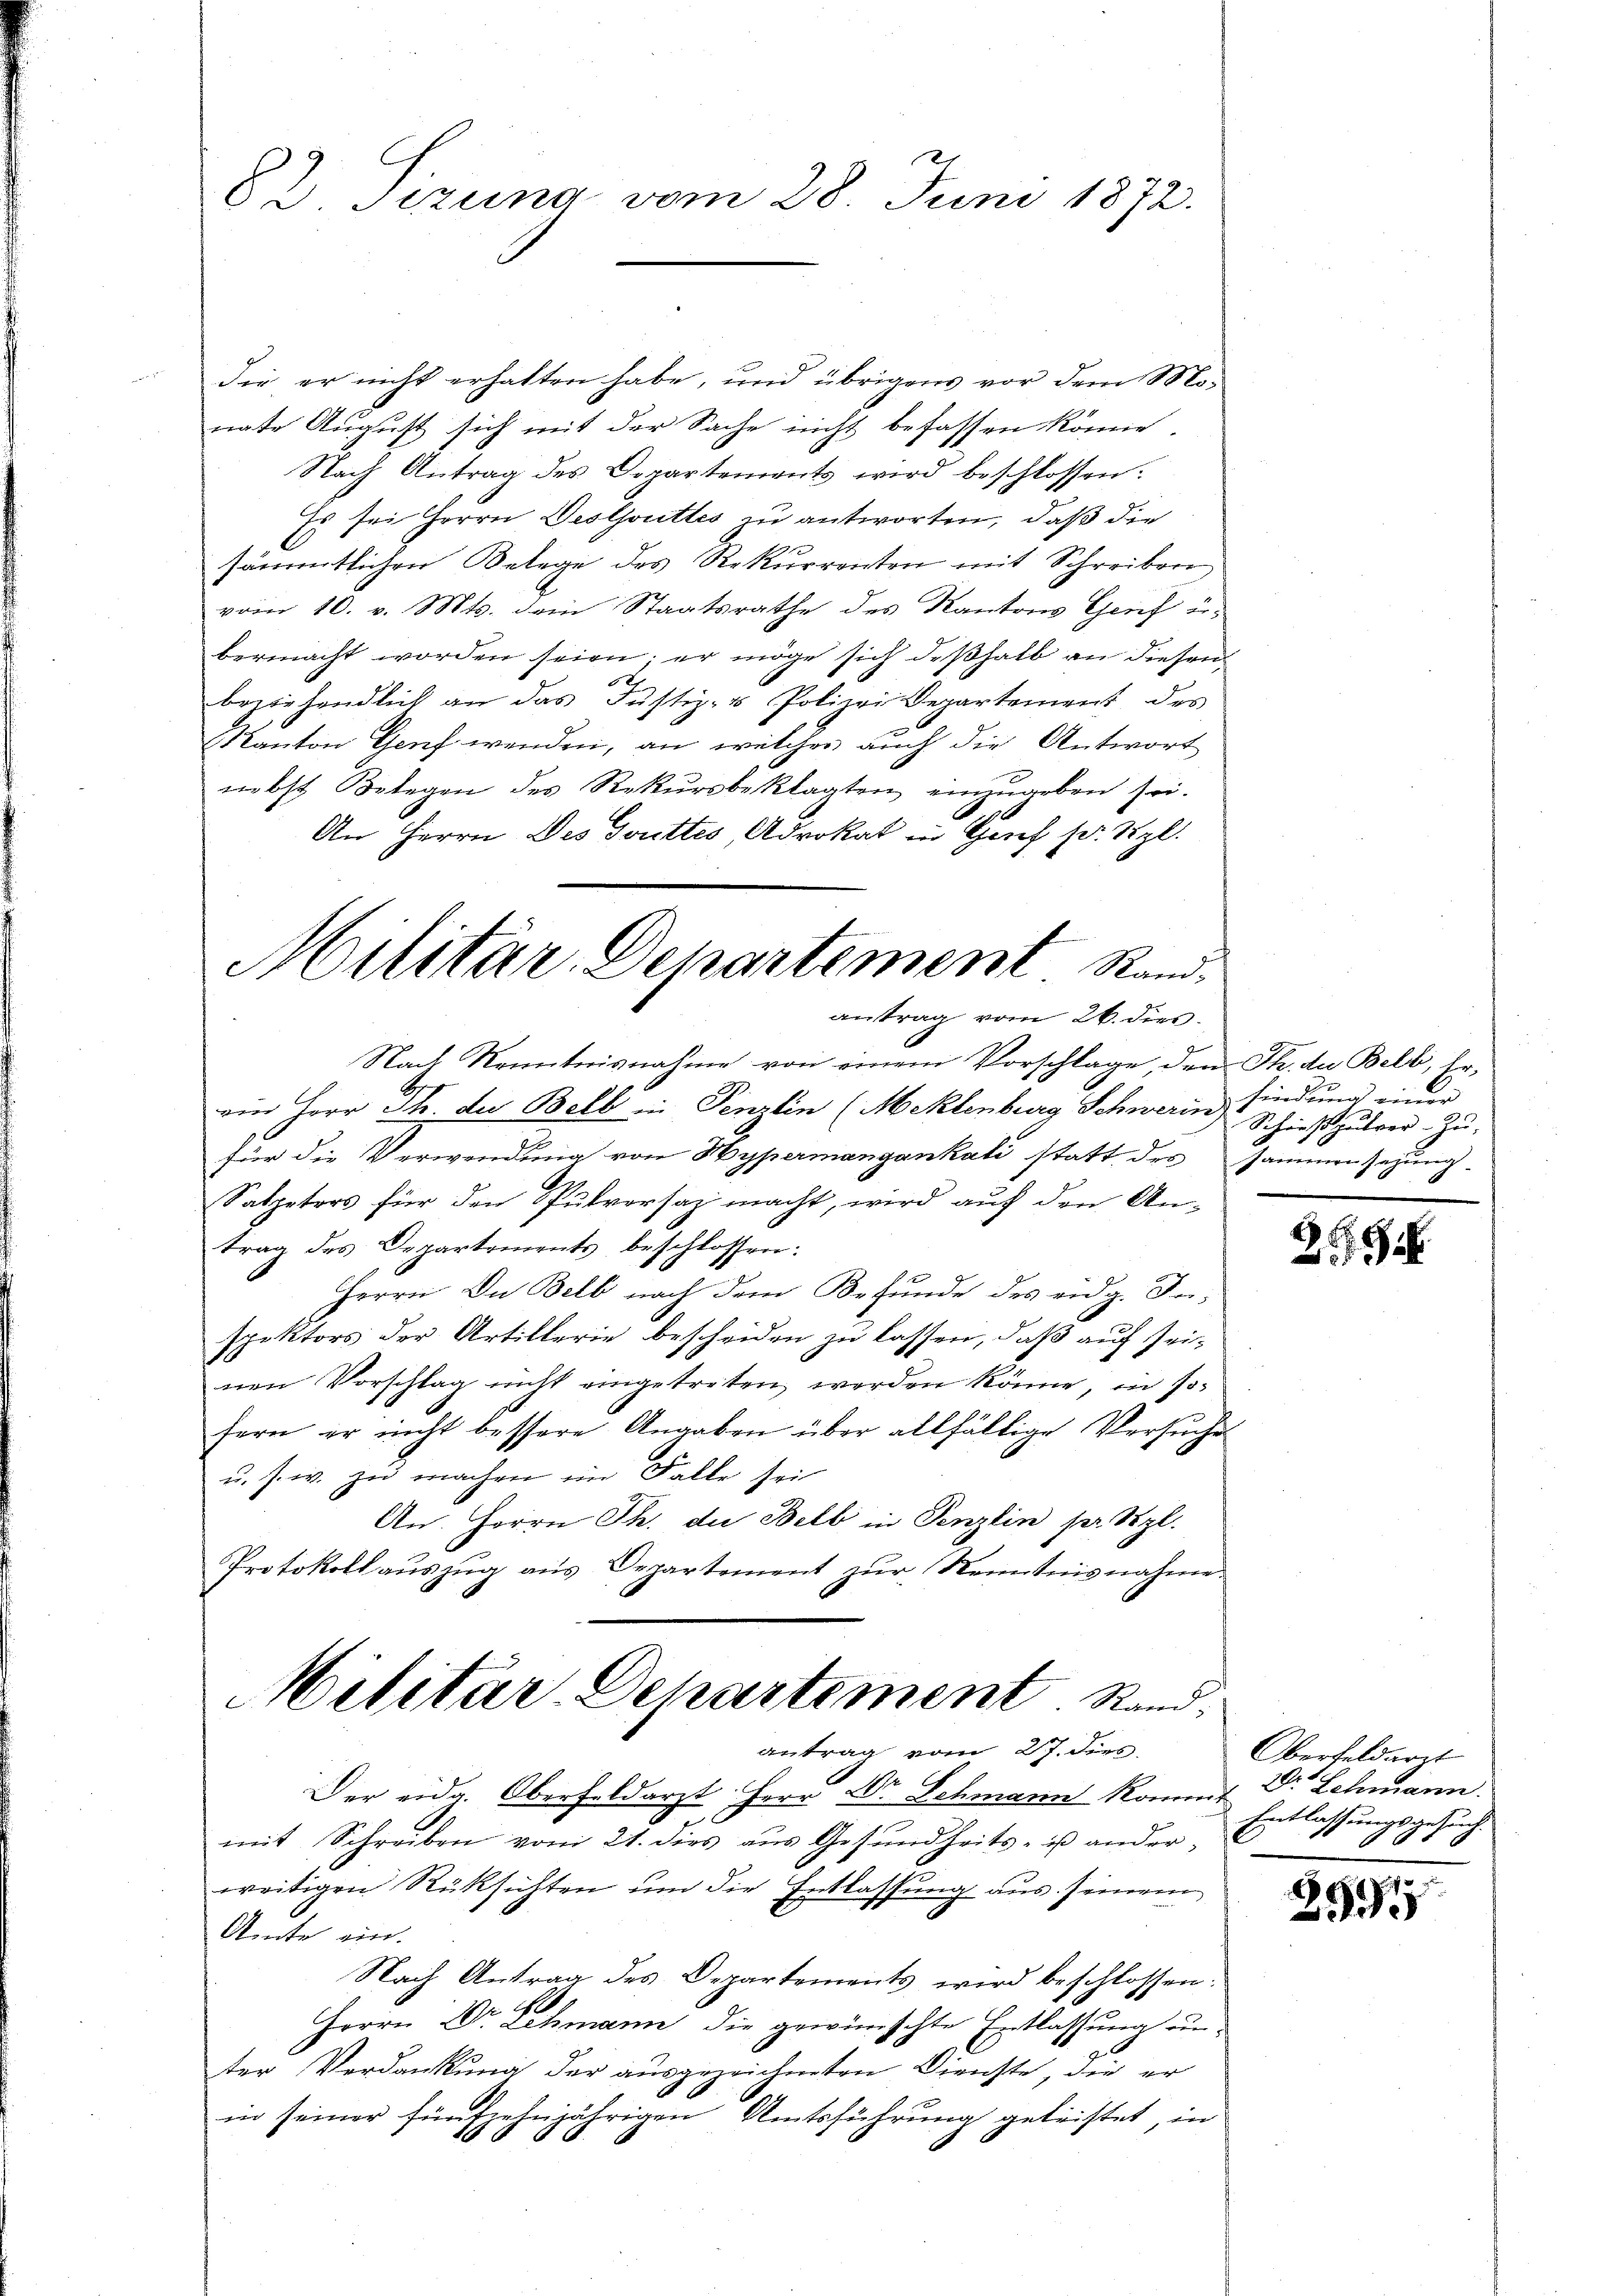
82. Sizung vom 28. Juni 1872.

die er nicht erhalten habe, und übrigens vor dem Monate August sich mit der Sache nicht befassen könne.
Nach Antrag des Departements wird beschlossen.
Es sei Herrn Destjoutes zu antworten, daß die
sämmtlichen Belege des Rekurrenten mit Schreiber
vom 10. v. Mts. dem Staatsrathe des Kantons Genf übermacht worden seien, er möge sich deßhalb an diesen
beziehendlich an das Justiz- & Polizei Departement des
Kanton Genf wenden, an welcher auch die Antwort
nebst Belegen des Rekursbeklagten, einzugeben sei.
An Herrn Des Gottes Advokat in Genf s. Vgl.

Militär-Departement Rand
antrag vom 26. dies
Nach Kenntnisnahme von einem Vorschlage, den Th. die Belb, Er-

Militär-Departement. Rand
antrag vom 27. dies

am Herr Th. der Belb in Penzlin (Meklenburg Schwerinn findung einer
für die Verwendung von Hypermangankali statt des Sammensetzung.
Salpeters für den Pulversaz macht, wird auf den An-
trag des Departements beschlossen:
Herrn Du Belb nach dem Befunde des eidg. Inspektors der Artillerie bescheiden zu lassen, daß auf seinen Vorschlag nicht eingetreten werden könne, in sofern er nicht bessere Angaben über allfällige Versuche
u. s. w. zu machen im Falle sei
An. Herrn Th. die Belb in Penzlin ser Styl.
Protokoll aŭszŭg aŭs Departement zŭr Kenntnisnahme

Der eidg. Oberfeldarzt. Herr Dr. Schmann kommt Dr. Lehmann.
i
mit Schreiben vom 21. dies aus Gesundheits- ist ander-
weitigen Rüksichten um die Entlassung aus seinem
Amte ein.
Nach Antrag des Departements wird beschlossen:
Herrn Dr. Schmann die gewünschte Entlassung anter Verdankung der ausgezeichneten Dienste, die er
in seiner fünfzehnjährigen Amtsführung geleistet, in

E
Schießpulver-Zŭ-

259

Oberfeldarzt
Entlassungsgesuch.

1
0